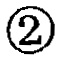
\textcircled{2}